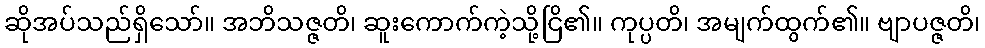
ဆိုအပ်သည်ရှိသော်။ အဘိသဇ္ဇတိ၊ ဆူးကောက်ကဲ့သို့ငြိ၏။ ကုပ္ပတိ၊ အမျက်ထွက်၏။ ဗျာပဇ္ဇတိ၊